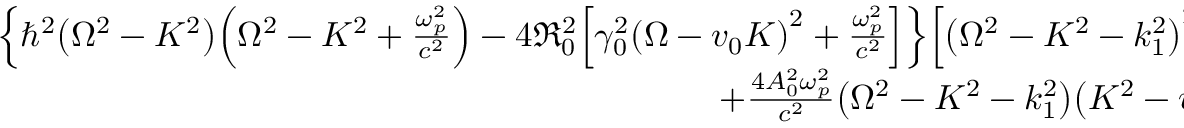
\begin{array} { r } { { \left\{ \hbar ^ { 2 } { \left( \Omega ^ { 2 } - K ^ { 2 } \right) } { \left( \Omega ^ { 2 } - K ^ { 2 } + { \frac { \omega _ { p } ^ { 2 } } { c ^ { 2 } } } \right) } - 4 { \mathfrak R } _ { 0 } ^ { 2 } { \left[ \gamma _ { 0 } ^ { 2 } { \left( \Omega - v _ { 0 } K \right) } ^ { 2 } + { \frac { \omega _ { p } ^ { 2 } } { c ^ { 2 } } } \right] } \right\} } { \left[ { \left( \Omega ^ { 2 } - K ^ { 2 } - k _ { 1 } ^ { 2 } \right) } ^ { 2 } - 4 k _ { 0 } ^ { 2 } K ^ { 2 } \right] } } \\ { + { \frac { 4 A _ { 0 } ^ { 2 } \omega _ { p } ^ { 2 } } { c ^ { 2 } } } { \left( \Omega ^ { 2 } - K ^ { 2 } - k _ { 1 } ^ { 2 } \right) } { \left( K ^ { 2 } - v _ { 0 } \Omega K \right) } = 0 . } \end{array}